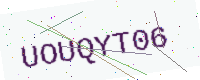
Text: UOUQYT06